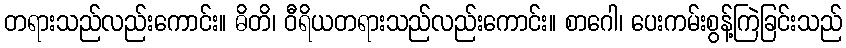
တရားသည်လည်းကောင်း။ ဓိတိ၊ ဝီရိယတရားသည်လည်းကောင်း။ စာဂေါ၊ ပေးကမ်းစွန့်ကြဲခြင်းသည်